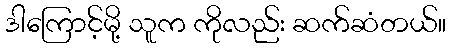
ဒါကြောင့်မို့ သူက ကိုလည်း ဆက်ဆံတယ်။